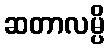
ဆတာလမ္ပိ